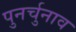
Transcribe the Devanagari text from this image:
पुनर्चुनाव